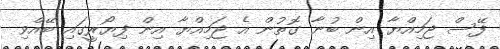
ފޭސް ޖަމިއްޔާ އިން ބުނާ ގޮތުން އެ ޖަމިއްޔާ އިން ފިޔޯރީގައި ބޭއްވި